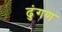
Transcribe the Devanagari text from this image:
ढुंगण